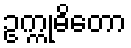
ဥက္ကုဓိတော